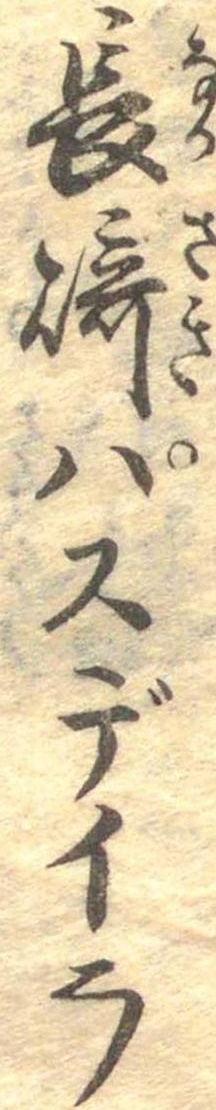
長崎パスデイラ